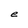
Character: e